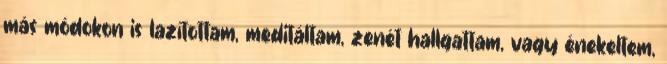
más módokon is lazítottam, meditáltam, zenét hallgattam, vagy énekeltem,